Report on horse surra - Volume I
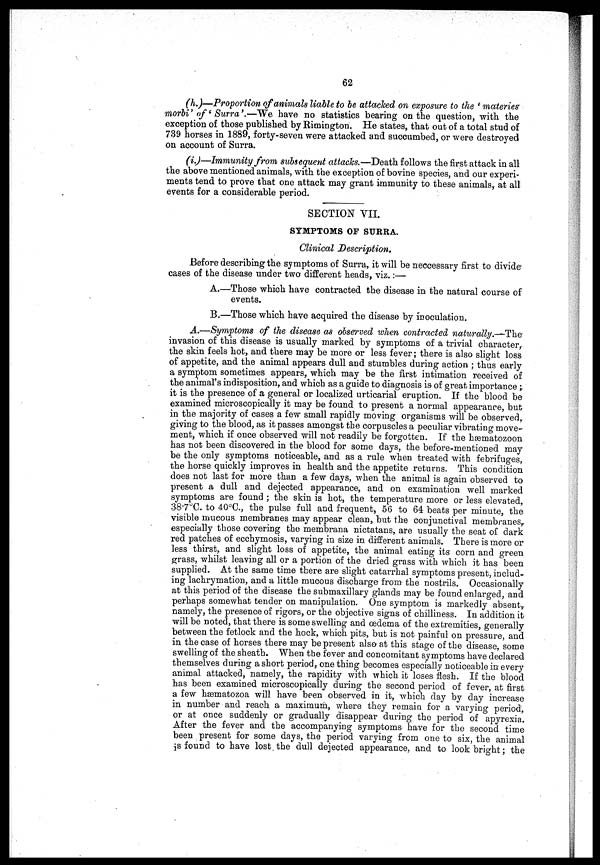
62
(h.)—Proportion of animals liable to be attached on exposure to the ' materies
morbi' of ' Surra'.—We have no statistics bearing on the question, with the
exception of those published by Rimington. He states, that out of a total stud of
739 horses in 1889, forty-seven were attacked and succumbed, or were destroyed
on account of Surra.
(i.)—Immunity from subsequent attacks.—Death follows the first attack in all
the above mentioned animals, with the exception of bovine species, and our experi-
ments tend to prove that one attack may grant immunity to these animals, at all
events for a considerable period.
SECTION VII.
SYMPTOMS OF SURRA.
Clinical Description.
Before describing the symptoms of Surra, it will be neccessary first to divide
cases of the disease under two different heads, viz.:—
A.—Those which have contracted the disease in the natural course of
events.
B.—Those which have acquired the disease by inoculation.
A.—Symptoms of the disease as observed when contracted naturally.—The
invasion of this disease is usually marked by symptoms of a trivial character,
the skin feels hot, and there may be more or less fever ; there is also slight loss
of appetite, and the animal appears dull and stumbles during action ; thus early
a symptom sometimes appears, which may be the first intimation received of
the animal's indisposition, and which as a guide to diagnosis is of great importance ;
it is the presence of a general or localized urticarial eruption. If the blood be
examined microscopically it may be found to present a normal appearance, but
in the majority of cases a few small rapidly moving organisms will be observed,
giving to the blood, as it passes amongst the corpuscles a peculiar vibrating move-
ment, which if once observed will not readily be forgotten. If the hæmatozoon
has not been discovered in the blood for some days, the before-mentioned may
be the only symptoms noticeable, and as a rule when treated with febrifuges,
the horse quickly improves in health and the appetite returns. This condition
does not last for more than a few days, when the animal is again observed to
present a dull and dejected appearance, and on examination well marked
symptoms are found ; the skin is hot, the temperature more or less elevated,
38.7°C. to 40°C., the pulse full and frequent, 56 to 64 beats per minute, the
visible mucous membranes may appear clean, but the conjunctival membranes,
especially those covering the membrana nictatans, are usually the seat of dark
red patches of ecchymosis, varying in size in different animals. There is more or
less thirst, and slight loss of appetite, the animal eating its corn and green
grass, whilst leaving all or a portion of the dried grass with which it has been
supplied. At the same time there are slight catarrhal symptoms present, includ-
ing lachrymation, and a little mucous discharge from the nostrils. Occasionally
at this period of the disease the submaxillary glands may be found enlarged, and
perhaps somewhat tender on manipulation. One symptom is markedly absent,
namely, the presence of rigors, or the objective signs of chilliness. In addition it
will be noted, that there is some swelling and oedema of the extremities, generally
between the fetlock and the hock, which pits, but is not painful on pressure, and
in the case of horses there may be present also at this stage of the disease, some
swelling of the sheath. When the fever and concomitant symptoms have declared
themselves during a short period, one thing becomes especially noticeable in every
animal attacked, namely, the rapidity with which it loses flesh. If the blood
has been examined microscopically during the second period of fever, at first
a few hæmatozoa will have been observed in it, which day by day increase
in number and reach a maximum, where they remain for a varying period,
or at once suddenly or gradually disappear during the period of apyrexia.
After the fever and the accompanying symptoms have for the second time
been present for some days, the period varying from one to six, the animal
is found to have lost the dull dejected appearance, and to look bright ; the